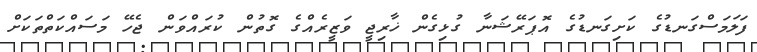
ފަލަމަސްގަނޑުގެ ކަށިގަނޑުގެ އޮޕަރޭޝަނާ ގުޅިގެން ޚާރިޖީ ވަޒީރެއްގެ ގޮތުން ކުރައްވަން ޖެހޭ މަސައްކަތްތަކަށް